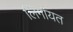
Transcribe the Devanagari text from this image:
लिगायत